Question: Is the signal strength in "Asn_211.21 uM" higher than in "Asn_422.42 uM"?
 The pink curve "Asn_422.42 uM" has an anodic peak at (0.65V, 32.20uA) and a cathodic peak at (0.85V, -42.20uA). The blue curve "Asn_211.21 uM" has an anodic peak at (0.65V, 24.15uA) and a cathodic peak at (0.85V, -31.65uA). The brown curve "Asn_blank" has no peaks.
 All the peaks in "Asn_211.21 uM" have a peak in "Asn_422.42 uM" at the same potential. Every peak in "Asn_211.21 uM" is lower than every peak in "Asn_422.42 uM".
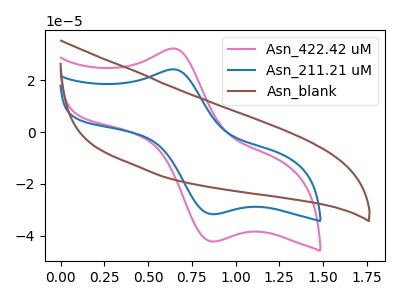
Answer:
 <answer>"Asn_211.21 uM" has less signal than "Asn_422.42 uM".</answer>
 <eval>less_signal</eval>